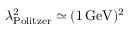
\lambda _ { \mathrm { P o l i t z e r } } ^ { 2 } \simeq ( 1 \, \mathrm { G e V } ) ^ { 2 }